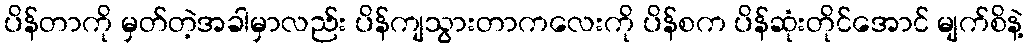
ပိန်တာကို မှတ်တဲ့အခါမှာလည်း ပိန်ကျသွားတာကလေးကို ပိန်စက ပိန်ဆုံးတိုင်အောင် မျက်စိနဲ့